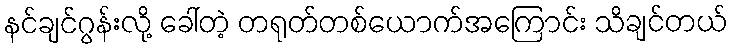
နင်ချင်ဂွန်းလို့ ခေါ်တဲ့ တရုတ်တစ်ယောက်အကြောင်း သိချင်တယ်